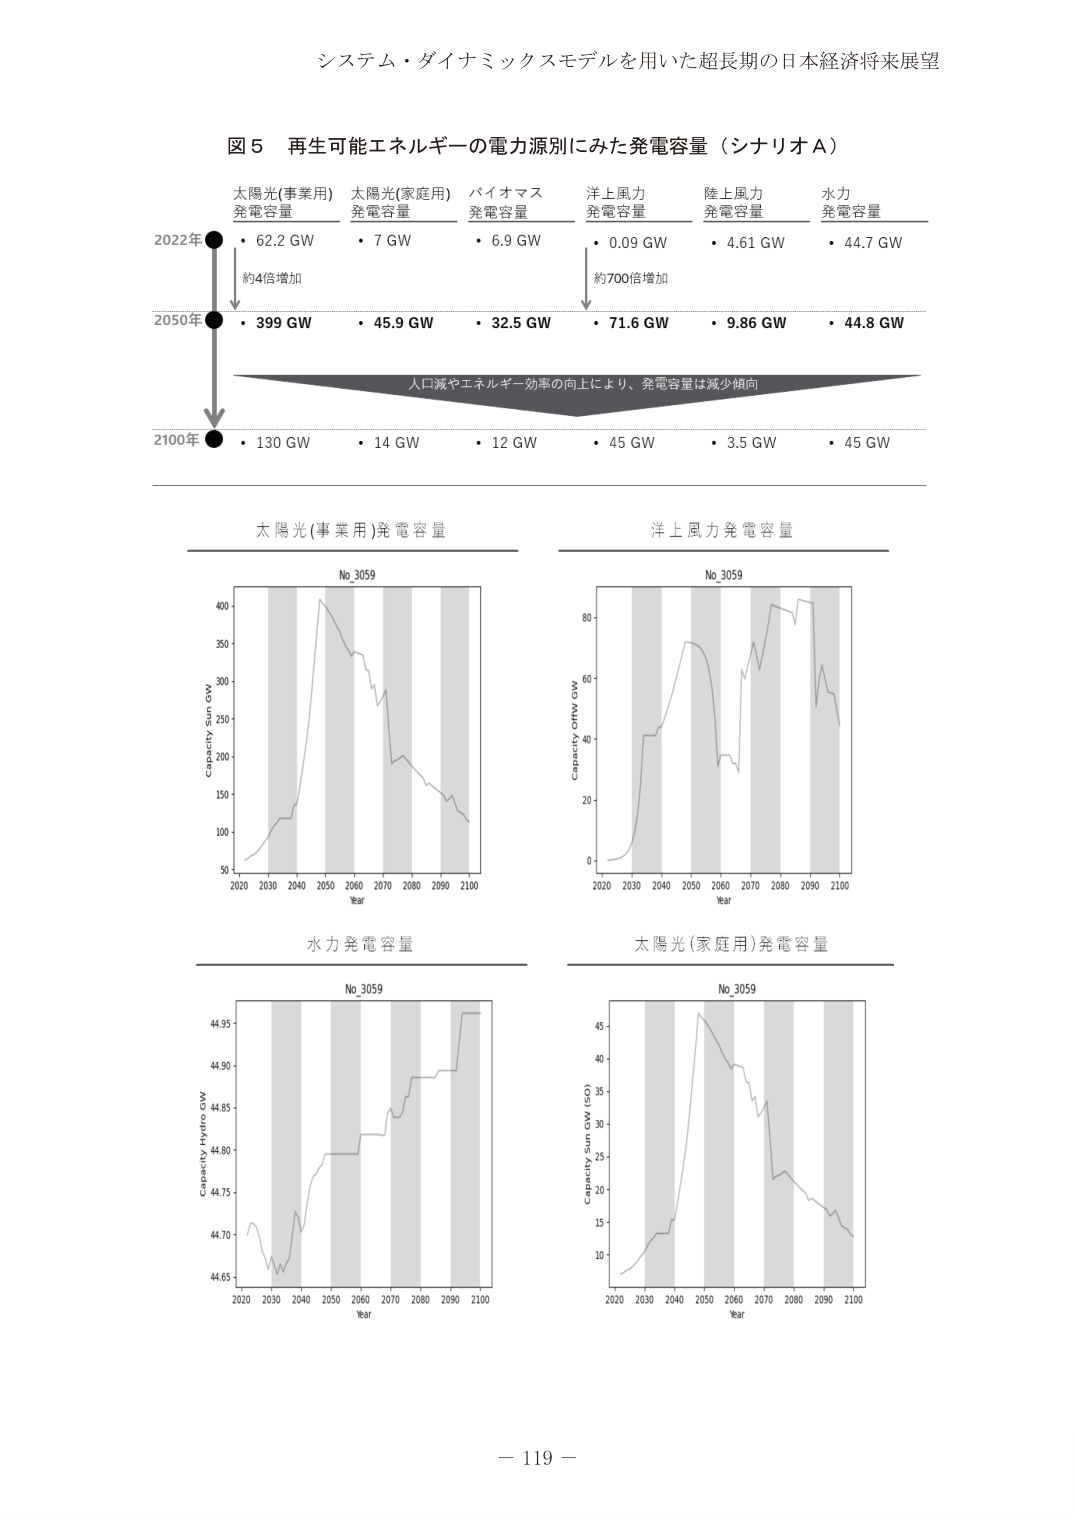
システム・ダイナミックスモデルを用いた超長期の日本経済将来展望

図５ 再生可能エネルギーの電力源別にみた発電容量（シナリオＡ）

太陽光(事業用) 発電容量
太陽光(家庭用) 発電容量
バイオマス 発電容量
洋上風力 発電容量
陸上風力 発電容量
水力 発電容量

2022年
・ 62.2 GW
・ 7 GW
・ 6.9 GW
・ 0.09 GW
・ 4.61 GW
・ 44.7 GW

約4倍増加
約700倍増加

2050年
・ 399 GW
・ 45.9 GW
・ 32.5 GW
・ 71.6 GW
・ 9.86 GW
・ 44.8 GW

人口減やエネルギー効率の向上により、発電容量は減少傾向

2100年
・ 130 GW
・ 14 GW
・ 12 GW
・ 45 GW
・ 3.5 GW
・ 45 GW

太陽光(事業用)発電容量
No_3059
Capacity Sun GW
2020 2030 2040 2050 2060 2070 2080 2090 2100
Year

洋上風力発電容量
No_3059
Capacity Offw GW
2020 2030 2040 2050 2060 2070 2080 2090 2100
Year

水力発電容量
No_3059
Capacity Hydro GW
2020 2030 2040 2050 2060 2070 2080 2090 2100
Year

太陽光(家庭用)発電容量
No_3059
Capacity Sun GW (Res)
2020 2030 2040 2050 2060 2070 2080 2090 2100
Year

－ 119 －